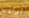
ترتيب